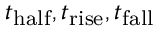
t _ { \mathrm { h a l f } } , t _ { \mathrm { r i s e } } , t _ { \mathrm { f a l l } }